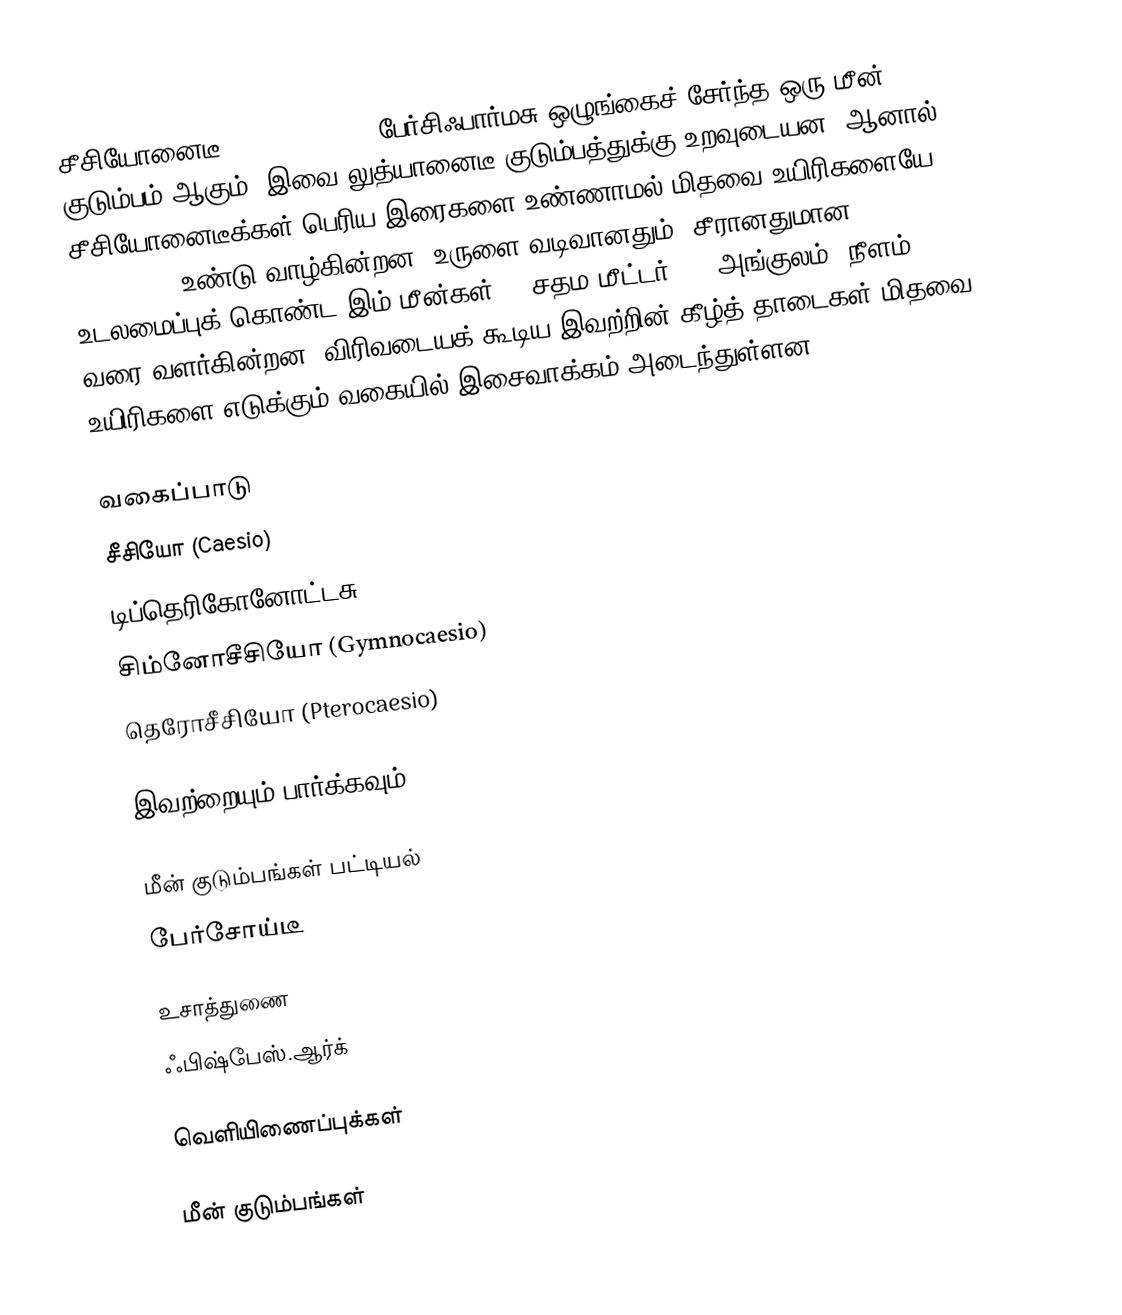
சீசியோனைடீ (Caesionidae), பேர்சிஃபார்மசு ஒழுங்கைச் சேர்ந்த ஒரு மீன் குடும்பம் ஆகும். இவை லுத்யானைடீ குடும்பத்துக்கு உறவுடையன, ஆனால் சீசியோனைடீக்கள் பெரிய இரைகளை உண்ணாமல் மிதவை உயிரிகளையே (plankton) உண்டு வாழ்கின்றன. உருளை வடிவானதும், சீரானதுமான உடலமைப்புக் கொண்ட இம் மீன்கள் 60 சதம மீட்டர் (24 அங்குலம்) நீளம் வரை வளர்கின்றன. விரிவடையக் கூடிய இவற்றின் கீழ்த் தாடைகள் மிதவை உயிரிகளை எடுக்கும் வகையில் இசைவாக்கம் அடைந்துள்ளன.

வகைப்பாடு
 சீசியோ (Caesio)
 டிப்தெரிகோனோட்டசு (Dipterygonotus)
 சிம்னோசீசியோ (Gymnocaesio)
 தெரோசீசியோ (Pterocaesio)

இவற்றையும் பார்க்கவும்

 மீன் குடும்பங்கள் பட்டியல்
 பேர்சோய்டீ

உசாத்துணை
 ஃபிஷ்பேஸ்.ஆர்க்

வெளியிணைப்புக்கள்

மீன் குடும்பங்கள்